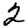
Digit: 2